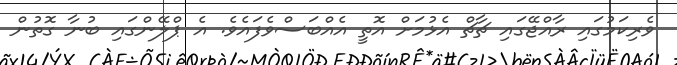
ވެރިކަމުގައި ރާއްޖޭގައި ޗާޗް އެޅުމަށް އޮތީ އެއްބަސްވެފައެވެ. އެ ޕްލޭންގައި ބުނާ ގޮތުން